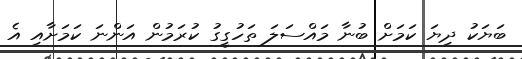
ބަޔަކު ދިޔަ ކަމަށް ބުނާ މައްސަލަ ތަހުގީގު ކުރަމުން އަންނަ ކަމަށާއި އެ